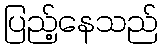
ပြည့်နေသည်